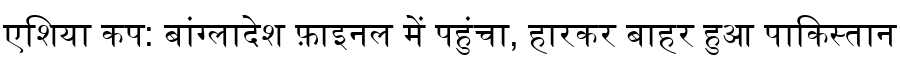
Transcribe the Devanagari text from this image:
एशिया कप: बांग्लादेश फ़ाइनल में पहुंचा, हारकर बाहर हुआ पाकिस्तान